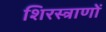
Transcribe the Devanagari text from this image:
शिरस्त्राणों